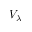
V _ { \lambda }